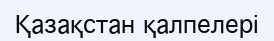
Қазақстан қалпелері